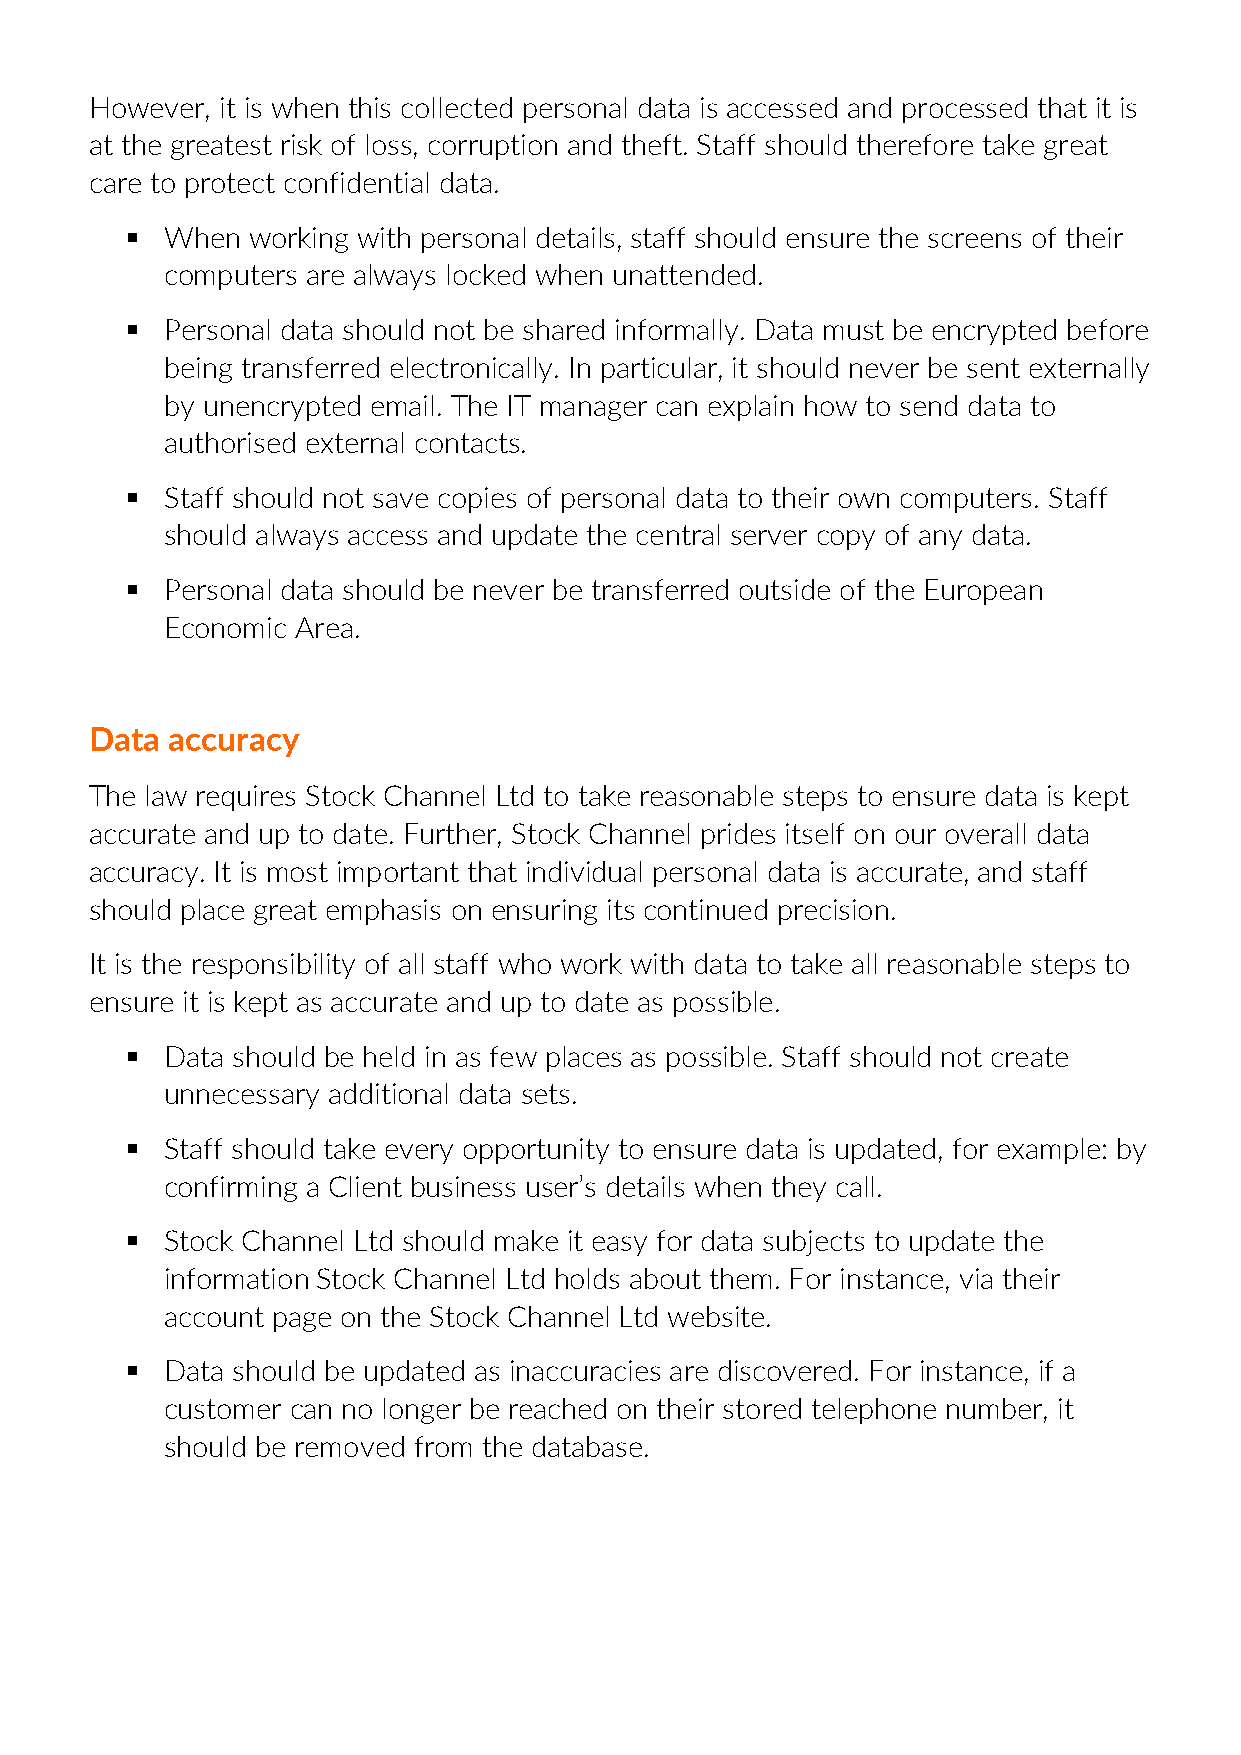
However, it is when this collected personal data is accessed and processed that it is
 at the greatest risk of loss, corruption and theft. Staff should therefore take great
 care to protect confidential data.
   When working with personal details, staff should ensure the screens of their
 computers are always locked when unattended.
   Personal data should not be shared informally. Data must be encrypted before
 being transferred electronically. In particular, it should never be sent externally
 by unencrypted email. The IT manager can explain how to send data to
 authorised external contacts.
   Staff should not save copies of personal data to their own computers. Staff
 should always access and update the central server copy of any data.
   Personal data should be never be transferred outside of the European
 Economic Area.
 Data accuracy
 The law requires Stock Channel Ltd to take reasonable steps to ensure data is kept
 accurate and up to date. Further, Stock Channel prides itself on our overall data
 accuracy. It is most important that individual personal data is accurate, and staff
 should place great emphasis on ensuring its continued precision.
 It is the responsibility of all staff who work with data to take all reasonable steps to
 ensure it is kept as accurate and up to date as possible.
   Data should be held in as few places as possible. Staff should not create
 unnecessary additional data sets.
   Staff should take every opportunity to ensure data is updated, for example: by
 confirming a Client business user’s details when they call.
   Stock Channel Ltd should make it easy for data subjects to update the
 information Stock Channel Ltd holds about them. For instance, via their
 account page on the Stock Channel Ltd website.
   Data should be updated as inaccuracies are discovered. For instance, if a
 customer can no longer be reached on their stored telephone number, it
 should be removed from the database.